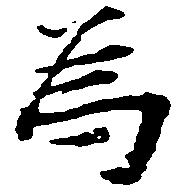
為